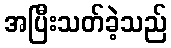
အပြီးသတ်ခဲ့သည်